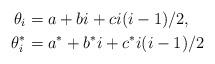
LaTeX: \begin{align*} \theta_i & = a + bi + ci(i-1)/2, \\\theta^*_i & = a^* + b^*i + c^*i(i-1)/2 \end{align*}